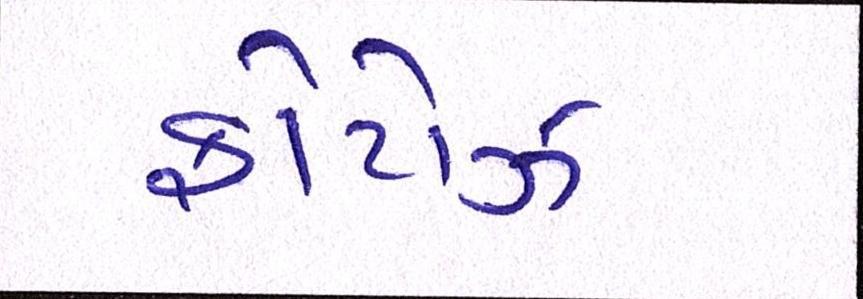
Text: ફોટોઝ